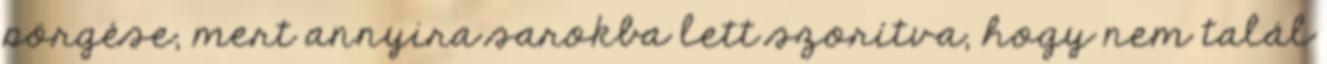
pörgése, mert annyira sarokba lett szorítva, hogy nem talál